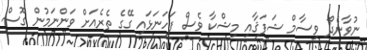
ނުވާނެދޯ ވިސާމް ޝަފަޤާއި މިޝްކާ ވެސް ފަހަނަޅައި ގޭގެ ތެރެއަށް ވަންނަމުން ގޮސް